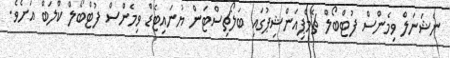
ނެޝަނަލް ވިމެންސް ފުޓްބޯލް ޗެމްޕިއަންޝިޕުގައި ބަލޯޗިސްޓަން ޔުނައިޓެޑް ވިމެންސް ފުޓްބޯލް ކްލަބް އަށެވެ.